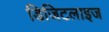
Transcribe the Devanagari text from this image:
डिजिटलाइज